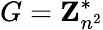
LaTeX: G=\mathbf{Z}_{n^{2}}^{*}